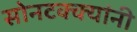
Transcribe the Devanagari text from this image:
सोनटक्क्यांनी